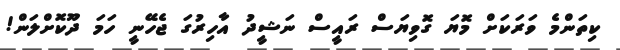
ކިތަންމެ ވަރަކަށް މޮޔަ ގޮވިޔަސް ރައީސް ނަޝީދު އާހިރުގަ ޖެހޭނީ ހަމަ ދޫކޮށްލަން!